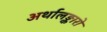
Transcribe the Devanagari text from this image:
अर्थालङ्कारो